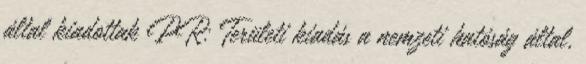
által kiadottak PR: Területi kiadás a nemzeti hatóság által,